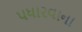
પધારવાના